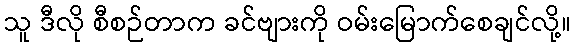
သူ ဒီလို စီစဉ်တာက ခင်ဗျားကို ဝမ်းမြောက်စေချင်လို့။